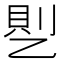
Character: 𰁊